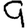
Digit: 9